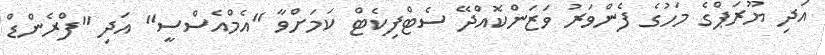
އަދި ޔޫރަޕްގެ މަހުގެ ފެންވަރު ވަޒަންކޮއްދޭ ސެޓްފިކެޓް ކަމަށްވާ "އެމްއެސްސީ" އަދި "ފްރެންޑް